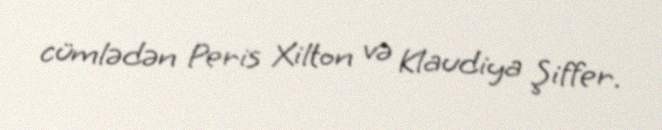
cümlədən Peris Xilton və Klaudiya Şiffer.